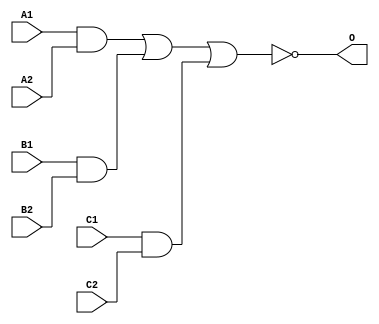
module JD222A(A1, A2, B1, B2, C1, C2, O);
input   A1;
input   A2;
input   B1;
input   B2;
input   C1;
input   C2;
output  O;
and g0(w0, A1, A2);
and g1(w3, B1, B2);
and g2(w6, C1, C2);
nor g3(O, w0, w3, w6);
endmodule